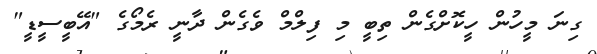
ގިނަ މީހުން ހީކޮށްގެން ތިބީ މި ފިލްމް ވެގެން ދާނީ ރެމޯގެ "އޭބީސީޑީ"